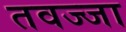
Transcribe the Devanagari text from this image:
तवज्जा